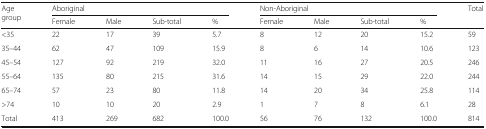
| <ROWSPAN=2> Age group | <COLSPAN=4> Aboriginal | <COLSPAN=4> Non-Aboriginal | <ROWSPAN=2> Total |
 | Female | Male | Sub-total | % | Female | Male | Sub-total | % |
 | --- | --- | --- | --- | --- | --- | --- | --- | --- | --- |
 | <35 | 22 | 17 | 39 | 5.7 | 8 | 12 | 20 | 15.2 | 59 |
 | 35–44 | 62 | 47 | 109 | 15.9 | 8 | 6 | 14 | 10.6 | 123 |
 | 45–54 | 127 | 92 | 219 | 32.0 | 11 | 16 | 27 | 20.5 | 246 |
 | 55–64 | 135 | 80 | 215 | 31.6 | 14 | 15 | 29 | 22.0 | 244 |
 | 65–74 | 57 | 23 | 80 | 11.8 | 14 | 20 | 34 | 25.8 | 114 |
 | >74 | 10 | 10 | 20 | 2.9 | 1 | 7 | 8 | 6.1 | 28 |
 | Total | 413 | 269 | 682 | 100.0 | 56 | 76 | 132 | 100.0 | 814 |